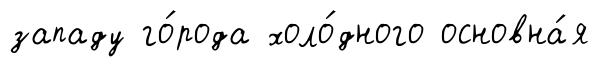
западу го́рода холо́дного основна́я